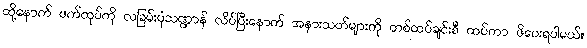
ထို့နောက် ဖက်ထုပ်ကို လခြမ်းပုံသဏ္ဍာန် လိပ်ပြီးနောက် အနားသတ်များကို တစ်ထပ်ချင်းစီ ထပ်ကာ ဖိပေးရပါမယ်။